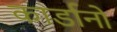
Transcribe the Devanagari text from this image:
कार्डानो